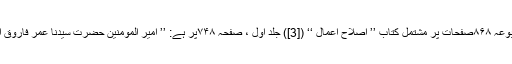
دعوت اسلامی کے اشاعتی دارے مکتبۃ المدینہ کی مطبوعہ ۸۶۸صفحات پر مشتمل کتاب ’’ اِصلاح اعمال ‘‘ ([3]) جلد اول ، صفحہ ۷۴۸پر ہے: ’’ امیر المؤمنین حضرت سیِّدُنا عمر فاروقِ اعظم رَضِیَ اللّٰہُ تَعَالٰی عَنْہ کھالوں کا کام کیا کرتے تھے۔